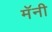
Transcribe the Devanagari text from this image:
मॅनी